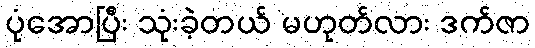
ပုံအောပြီး သုံးခဲ့တယ် မဟုတ်လား ဒက်ဇာ